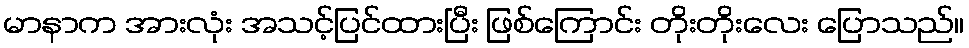
မာနာက အားလုံး အသင့်ပြင်ထားပြီး ဖြစ်ကြောင်း တိုးတိုးလေး ပြောသည်။